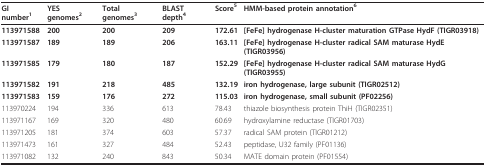
<table><thead><tr><td><b>GI number<sup>1</sup></b></td><td><b>YES genomes<sup>2</sup></b></td><td><b>Total genomes<sup>3</sup></b></td><td><b>BLAST depth<sup>4</sup></b></td><td><b>Score<sup>5</sup></b></td><td><b>HMM-based protein annotation<sup>6</sup></b></td></tr></thead><tbody><tr><td><b>113971588</b></td><td><b>200</b></td><td><b>200</b></td><td><b>209</b></td><td><b>172.61</b></td><td><b>[FeFe] hydrogenase H-cluster maturation GTPase HydF (TIGR03918)</b></td></tr><tr><td><b>113971587</b></td><td><b>189</b></td><td><b>189</b></td><td><b>206</b></td><td><b>163.11</b></td><td><b>[FeFe] hydrogenase H-cluster radical SAM maturase HydE (TIGR03956)</b></td></tr><tr><td><b>113971585</b></td><td><b>179</b></td><td><b>180</b></td><td><b>187</b></td><td><b>152.29</b></td><td><b>[FeFe] hydrogenase H-cluster radical SAM maturase HydG (TIGR03955)</b></td></tr><tr><td><b>113971582</b></td><td><b>191</b></td><td><b>218</b></td><td><b>485</b></td><td><b>132.19</b></td><td><b>iron hydrogenase, large subunit (TIGR02512)</b></td></tr><tr><td><b>113971583</b></td><td><b>159</b></td><td><b>176</b></td><td><b>272</b></td><td><b>115.03</b></td><td><b>iron hydrogenase, small subunit (PF02256)</b></td></tr><tr><td>113970224</td><td>194</td><td>336</td><td>613</td><td>78.43</td><td>thiazole biosynthesis protein ThiH (TIGR02351)</td></tr><tr><td>113971167</td><td>169</td><td>320</td><td>480</td><td>60.69</td><td>hydroxylamine reductase (TIGR01703)</td></tr><tr><td>113971205</td><td>181</td><td>374</td><td>603</td><td>57.37</td><td>radical SAM protein (TIGR01212)</td></tr><tr><td>113971473</td><td>161</td><td>327</td><td>484</td><td>52.43</td><td>peptidase, U32 family (PF01136)</td></tr><tr><td>113971082</td><td>132</td><td>240</td><td>843</td><td>50.34</td><td>MATE domain protein (PF01554)</td></tr></tbody></table>